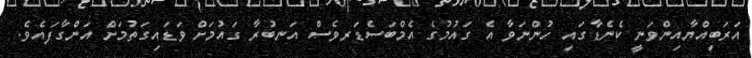
އަރަބިއްޔާއިންވަނީ ކެނެޑާގައި ހުންނަވާ އެ ގައުމުގެ އެމްބަސެޑަރވެސް އަނބުރާ ގައުމަށް ވަޑައިގަތުމަށް އަންގާފައެވެ.